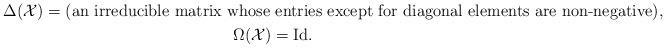
LaTeX: \begin{gather*}\Delta(\mathcal{X})=(\mbox{an irreducible matrix whose entries except for diagonal elements are non-negative}),\\\Omega(\mathcal{X})=\mathrm{Id}.\end{gather*}